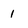
Character: 1